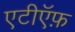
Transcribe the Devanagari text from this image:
एटीऍफ़